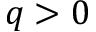
q > 0